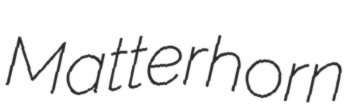
Matterhorn